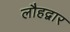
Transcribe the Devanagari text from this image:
लौहद्वार